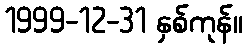
1999-12-31 နှစ်ကုန်။